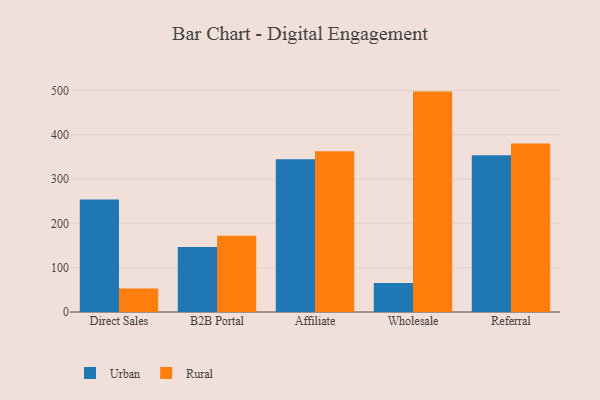
{"axis": {"x": "Channel", "y": "Tickets Resolved"}, "legend": ["Rural", "Urban"], "data": [{"x": "Direct Sales", "y": 254.1, "type": "Urban"}, {"x": "Direct Sales", "y": 52.9, "type": "Rural"}, {"x": "B2B Portal", "y": 146.6, "type": "Urban"}, {"x": "B2B Portal", "y": 172.2, "type": "Rural"}, {"x": "Affiliate", "y": 344.5, "type": "Urban"}, {"x": "Affiliate", "y": 362.7, "type": "Rural"}, {"x": "Wholesale", "y": 65.5, "type": "Urban"}, {"x": "Wholesale", "y": 497.4, "type": "Rural"}, {"x": "Referral", "y": 354.0, "type": "Urban"}, {"x": "Referral", "y": 380.4, "type": "Rural"}]}